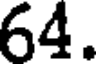
64.